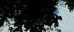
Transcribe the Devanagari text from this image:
ॱ